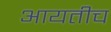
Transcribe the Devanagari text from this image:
आयतीच